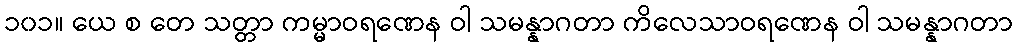
၁၀၁။ ယေ စ တေ သတ္တာ ကမ္မာဝရဏေန ဝါ သမန္နာဂတာ ကိလေသာဝရဏေန ဝါ သမန္နာဂတာ